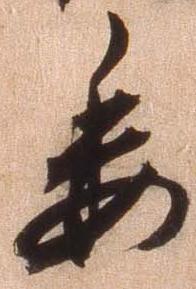
委